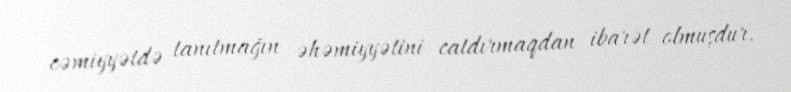
cəmiyyətdə tanıtmağın əhəmiyyətini catdırmaqdan ibarət olmuşdur.